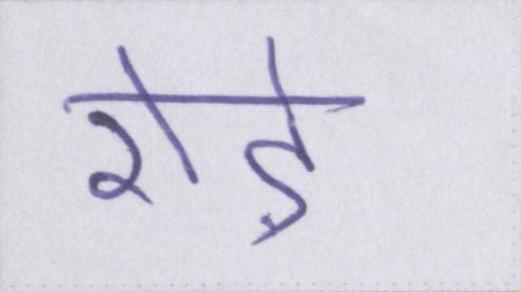
रोड़े